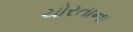
ચોરતાના